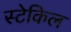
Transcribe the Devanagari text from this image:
स्टेकिल